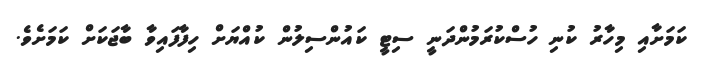
ކަމަށާއި މިހާރު ކުނި ހުސްކުރަމުންދަނީ ސިޓީ ކައުންސިލުން ކުއްޔަށް ހިފާފައިވާ ބާޖަކަށް ކަމަށެވެ.